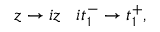
z \rightarrow i z \; \; \; i t _ { 1 } ^ { - } \rightarrow t _ { 1 } ^ { + } ,